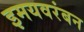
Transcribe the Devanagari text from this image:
इमयवरंबन